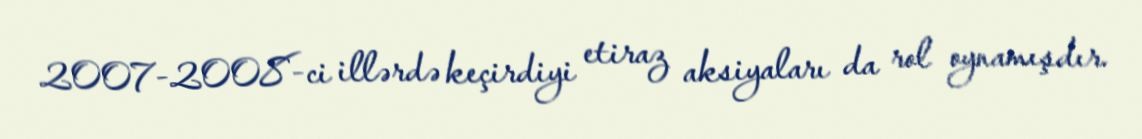
2007-2008-ci illərdə keçirdiyi etiraz aksiyaları da rol oynamışdır.